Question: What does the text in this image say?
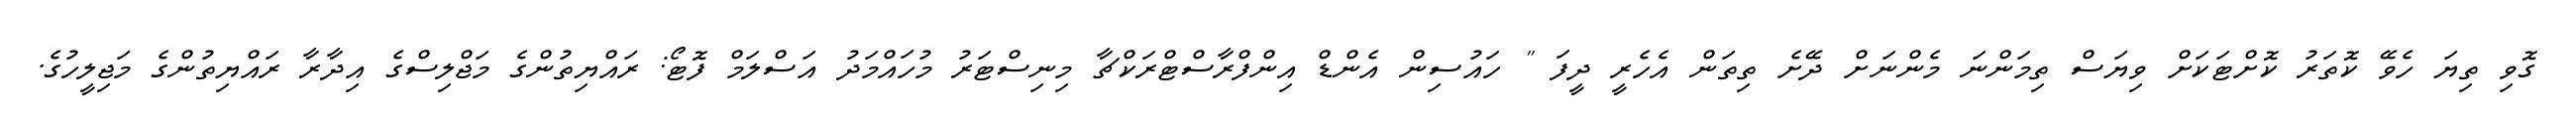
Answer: ގޮވި ތިޔަ ހެވޭ ކޮތަރު ކޮށްޓަކަށް ވިޔަސް ތިމަންނަ މެންނަށް ދޭށެ ތިތަން އެހެރީ ދީފަ " ހައުސިން އެންޑް އިންފްރާސްޓްރަކްޗާ މިނިސްޓަރު މުހައްމަދު އަސްލަމް ފޮޓޯ: ރައްޔިތުންގެ މަޖްލިސްގެ އިދާރާ ރައްޔިތުންގެ މަޖިލީހުގެ.